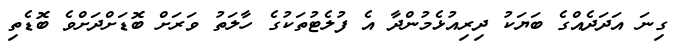
ގިނަ އަދަދެއްގެ ބަޔަކު ދިރިއުޅެމުންދާ އެ ފުލެޓުތަކުގެ ހާލަތު ވަރަށް ބޮޑަށްދަށްވެ ބޮޑެތި